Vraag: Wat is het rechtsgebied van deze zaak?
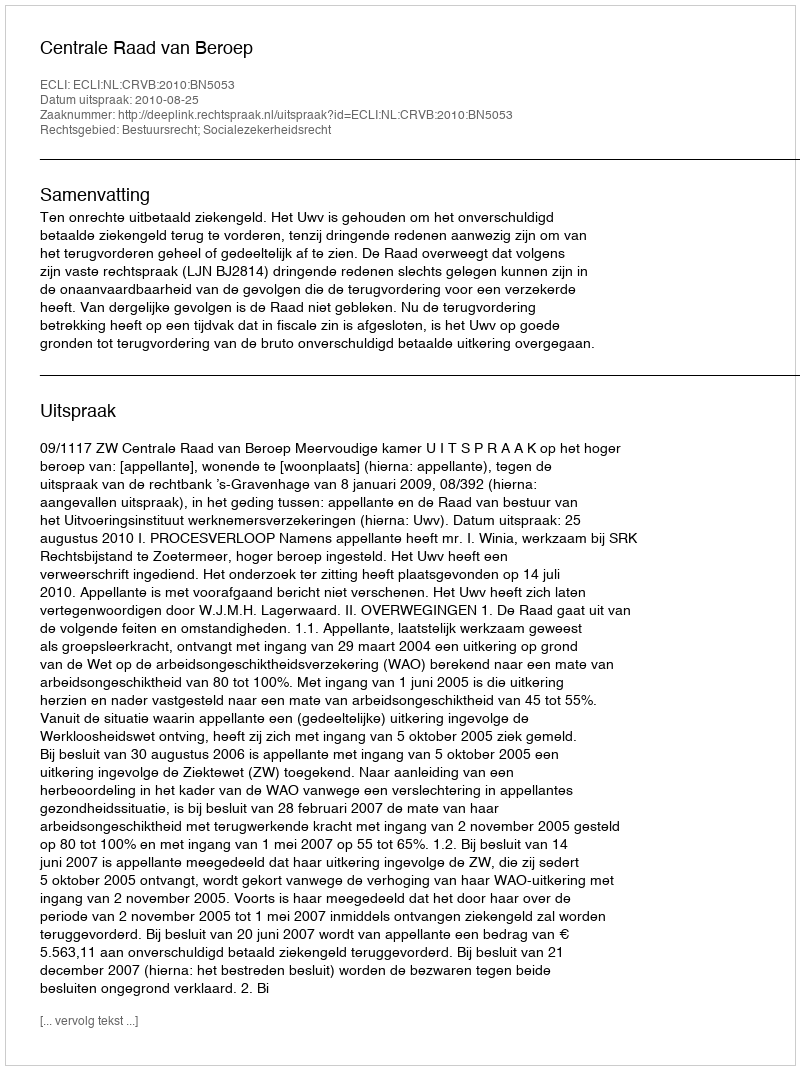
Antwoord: Bestuursrecht; Socialezekerheidsrecht